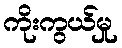
ကိုးကွယ်မှု